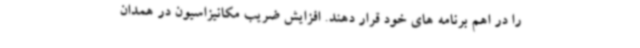
را در اهم برنامه های خود قرار دهند. افزایش ضریب مکانیزاسیون در همدان